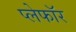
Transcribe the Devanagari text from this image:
प्लेफॉर